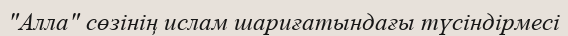
"Алла" сөзінің ислам шариғатындағы түсіндірмеcі